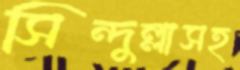
সিন্দুল্লাসহ